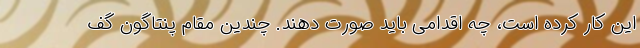
این کار کرده است، چه اقدامی باید صورت دهند. چندین مقام پنتاگون گف